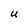
Character: U